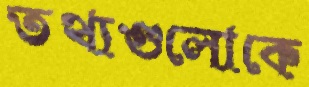
তথ্যগুলোকে